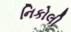
નિકોલી